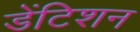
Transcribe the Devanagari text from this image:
डेंटिशन